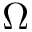
\Omega